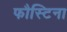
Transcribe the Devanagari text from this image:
फौस्टिना